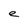
Character: e